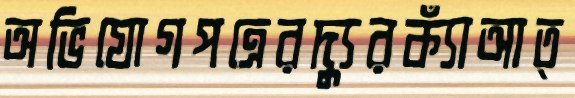
অভিযোগপত্রেরদ্যুরক্যাঁআত্